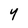
Character: Y